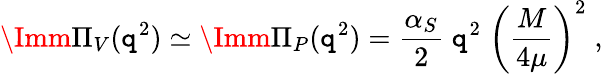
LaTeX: \Imm\Pi_{V}(\mathtt{q}^{2})\simeq\Imm\Pi_{P}(\mathtt{q}^{2})=\frac{{\alpha_{S}}}{{2}}\; \mathtt{q}^{2}\; \biggl(\frac{{M}}{{4\mu}}\biggr)^{2}\; ,